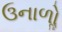
ઉનાળોૢ